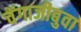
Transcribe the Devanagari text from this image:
चेंगाजीबुवा